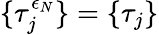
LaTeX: \{ \tau_{j}^{\epsilon_{N}}\} =\{ \tau_{j}\}